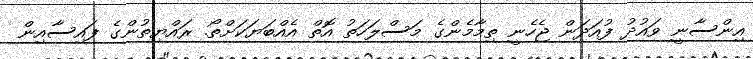
އިންސާނީ ވައުދު ފުއަދަން ޖެހެނީ ތިމާމެންގެ މަސްލަހަތު އޮތް އެއްބަޔަކަށްތޯ. ރައްޔިތުންގެ ފައިސާއިން